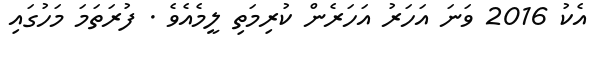
އެކު 2016 ވަނަ އަހަރު އަހަރެން ކުރިމަތި ލީމެއެވެ . ފުރަތަމަ މަހުގައި